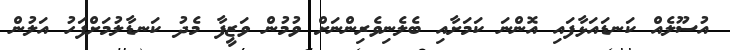
އުސޫލެއް ކަނޑައަޅާފައި އޮންނަ ކަމަށާއި ބެލެނިވެރިންނަށް ވުމުން ވަޒީފާ މެދު ކަނޑާލުމަށްފަހު އަލުން